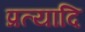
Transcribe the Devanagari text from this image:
प्रत्यादि